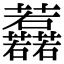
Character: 䖃